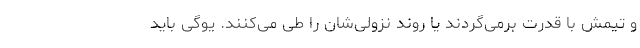
و تیمش با قدرت برمی‌گردند یا روند نزولی‌شان را طی می‌کنند. یوگی باید